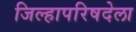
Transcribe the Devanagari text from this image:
जिल्हापरिषदेला